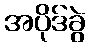
အပိုဒ်ခွဲ